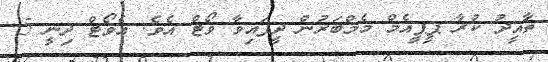
ތާއީދު ކުރާ ޕީޕީއެމް މެމްބަރުން ދީފައިވާ ވޯޓް އެވެ. އެވޯޓް ދިނީ 5